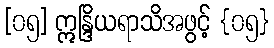
[၀၅] ဣန္ဒြိယရာသိအဖွင့် {၀၅}